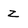
Character: z